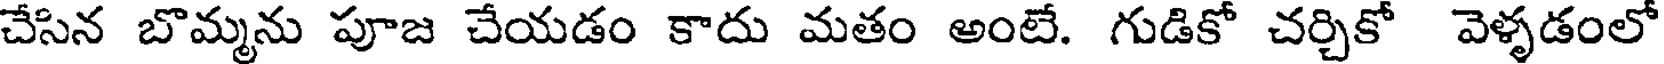
చేసిన బొమ్మను పూజ చేయడం కాదు మతం అంటే. గుడికో చర్చికో వెళ్ళడంలో